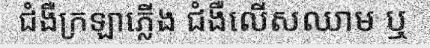
ជំងឺក្រឡាភ្លើង ជំងឺលើសឈាម ឬ